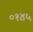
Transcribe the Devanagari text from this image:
०१४५